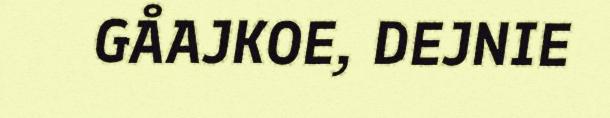
GÅAJKOE, DEJNIE